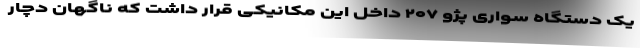
یک دستگاه سواری پژو ۲۰۷ داخل این مکانیکی قرار داشت که ناگهان دچار